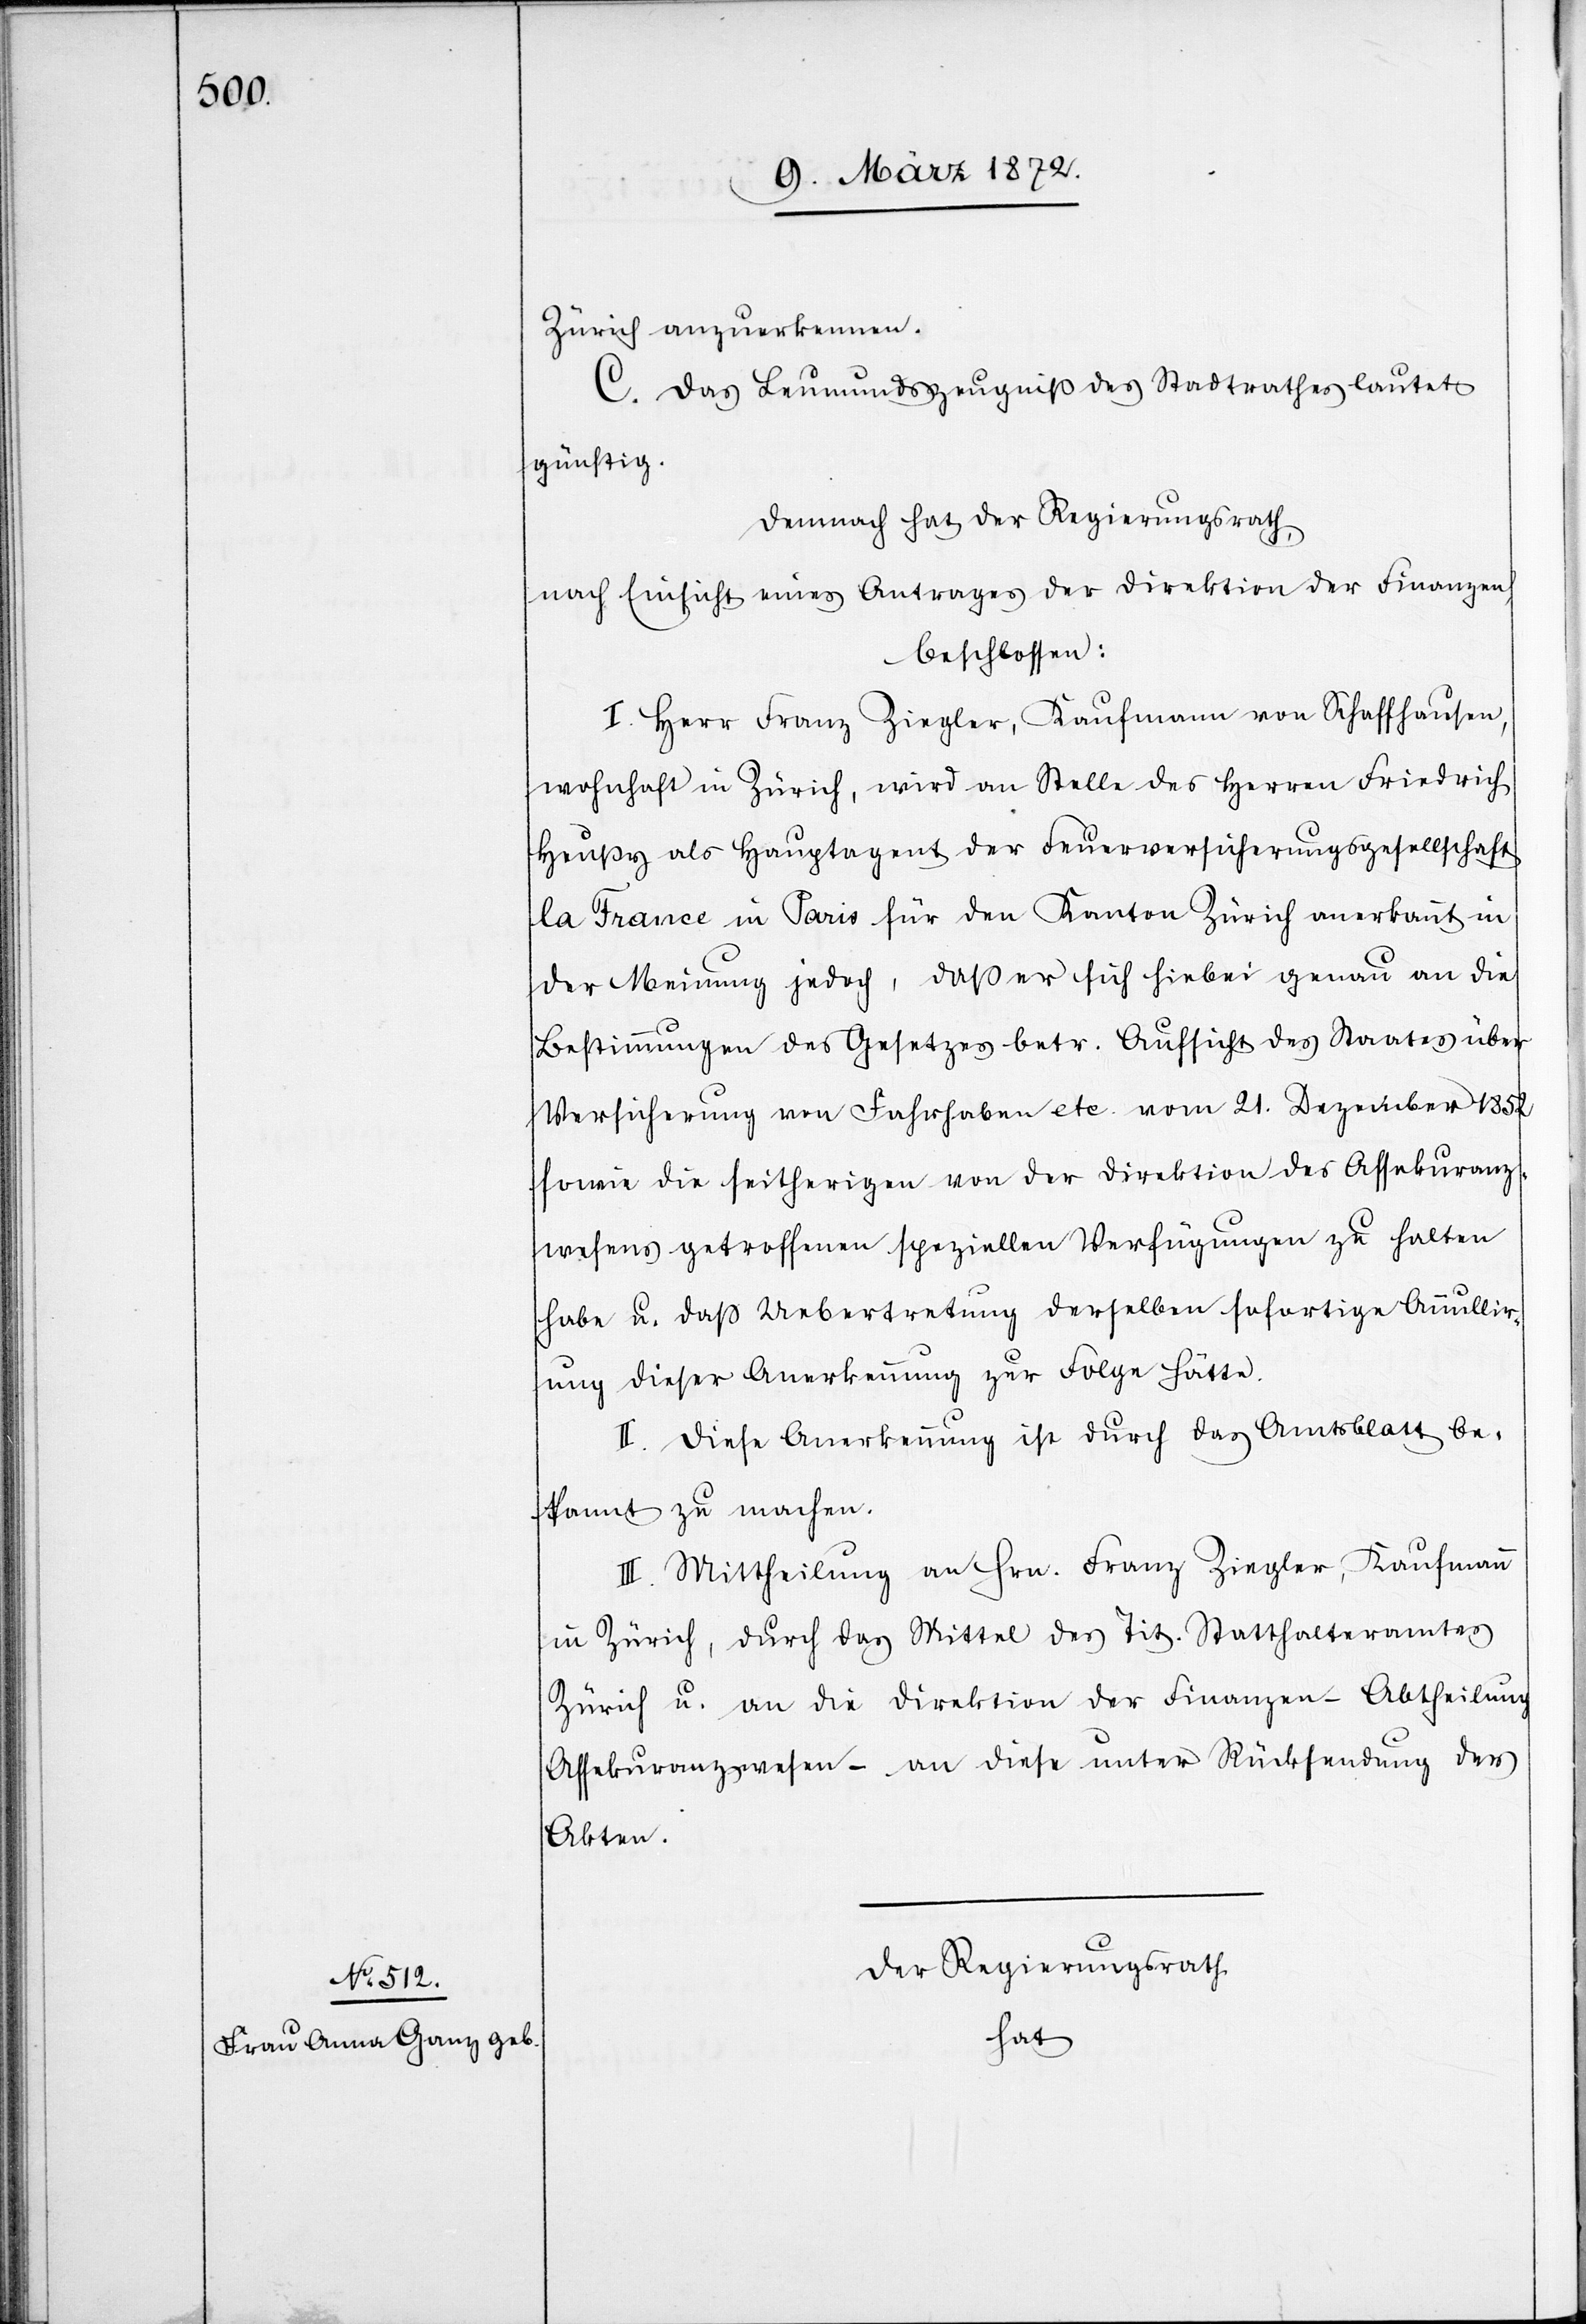
Zürich anzuerkennen.
C. Das Leumundszeugniß des Stadtrathes lautet
günstig.
Demnach hat der Regierungsrath,
nach Einsicht eines Antrages der Direktion der Finanzen,
beschlossen:
I. Herr Franz Ziegler, Kaufmann von Schaffhausen,
wohnhaft in Zürich, wird an Stelle des Herren Friedrich
Heußy als Hauptagent der Feuerversicherungsgesellschaft
la France in Paris für den Kanton Zürich anerkannt in
der Meinung jedoch, daß er sich hiebei genau an die
Bestimmungen des Gesetzes betr. Aufsicht des Staates über
Versicherung von Fahrhaben etc. vom 21. Dezember 1852
sowie die seitherigen von der Direktion des Assekuranz¬
wesens getroffenen speziellen Verfügungen zu halten
habe u. daß Uebertretung derselben sofortige Annullir¬
ung dieser Anerkennung zur Folge hätte.
II. Diese Anerkennung ist durch das Amtsblatt be¬
kannt zu machen.
III. Mittheilung an Hrn. Franz Ziegler, Kaufmann
in Zürich, durch das Mittel des Tit. Statthalteramtes
Zürich u. an die Direktion der Finanzen – Abtheilung
Assekuranzwesen – an diese unter Rücksendung der
Akten.
Der Regierungsrath
hat